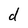
Character: d